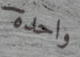
واحدة